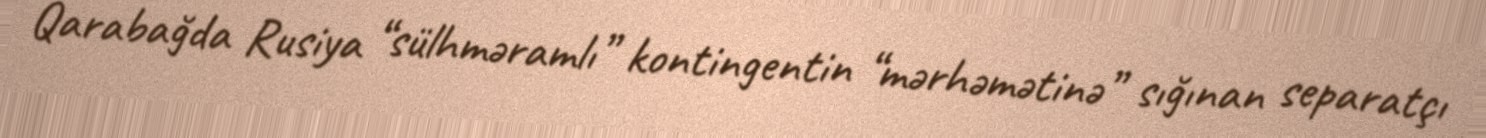
Qarabağda Rusiya “sülhməramlı” kontingentin “mərhəmətinə” sığınan separatçı